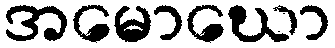
အမောဃော